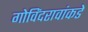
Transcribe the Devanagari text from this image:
गोविंदरावांकडे